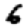
Digit: 6